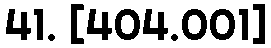
41. [404.001]